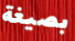
بصيغة